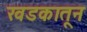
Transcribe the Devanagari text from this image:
खडकातून